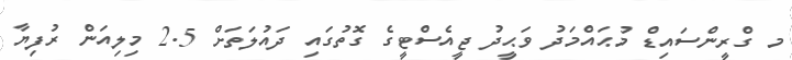
މ ގްރީންސައިޑް މުޙައްމަދު ވަޙީދު ޖީއެސްޓީގެ ގޮތުގައި ދައުލަތަށް 2.5 މިލިއަން ރުފިޔާ